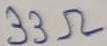
Text: 33Ω